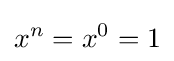
x^{n}=x^{0}=1